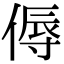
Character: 傉